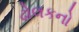
ઢોલકનો